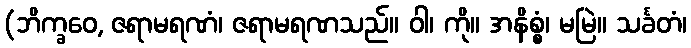
(ဘိက္ခဝေ, ဇရာမရဏံ၊ ဇရာမရဏသည်။ ဝါ၊ ကို။ အနိစ္စံ၊ မမြဲ။ သင်္ခတံ၊